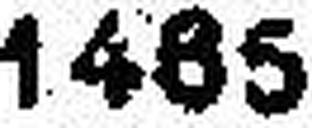
1465